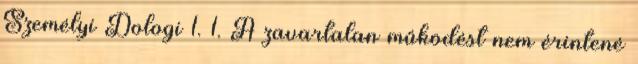
Személyi Dologi 1. 1. A zavartalan működést nem érintené